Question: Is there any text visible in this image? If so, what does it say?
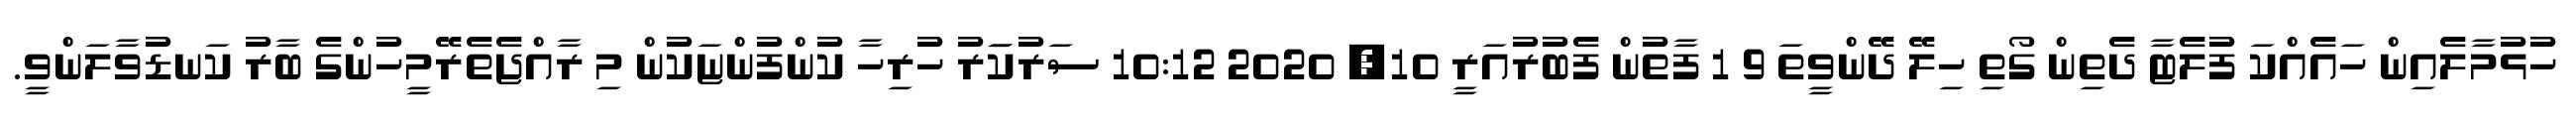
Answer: ހުޅުމާލެއިން ހައެއްކަ ފުލެޓާ ދެތިން ގޯތި ހިލޭ ދޭންވީތަ 9 1 ފާތުން ފެބުރުއަރީ 10, 2020 10:12 ސަރުކަަރު ހުރިހާ ކުންފުންޏަކުން މި ރާއްޖެތެރޭމީހުންގެ ބާރު ކަނޑުވާލަންވީ.